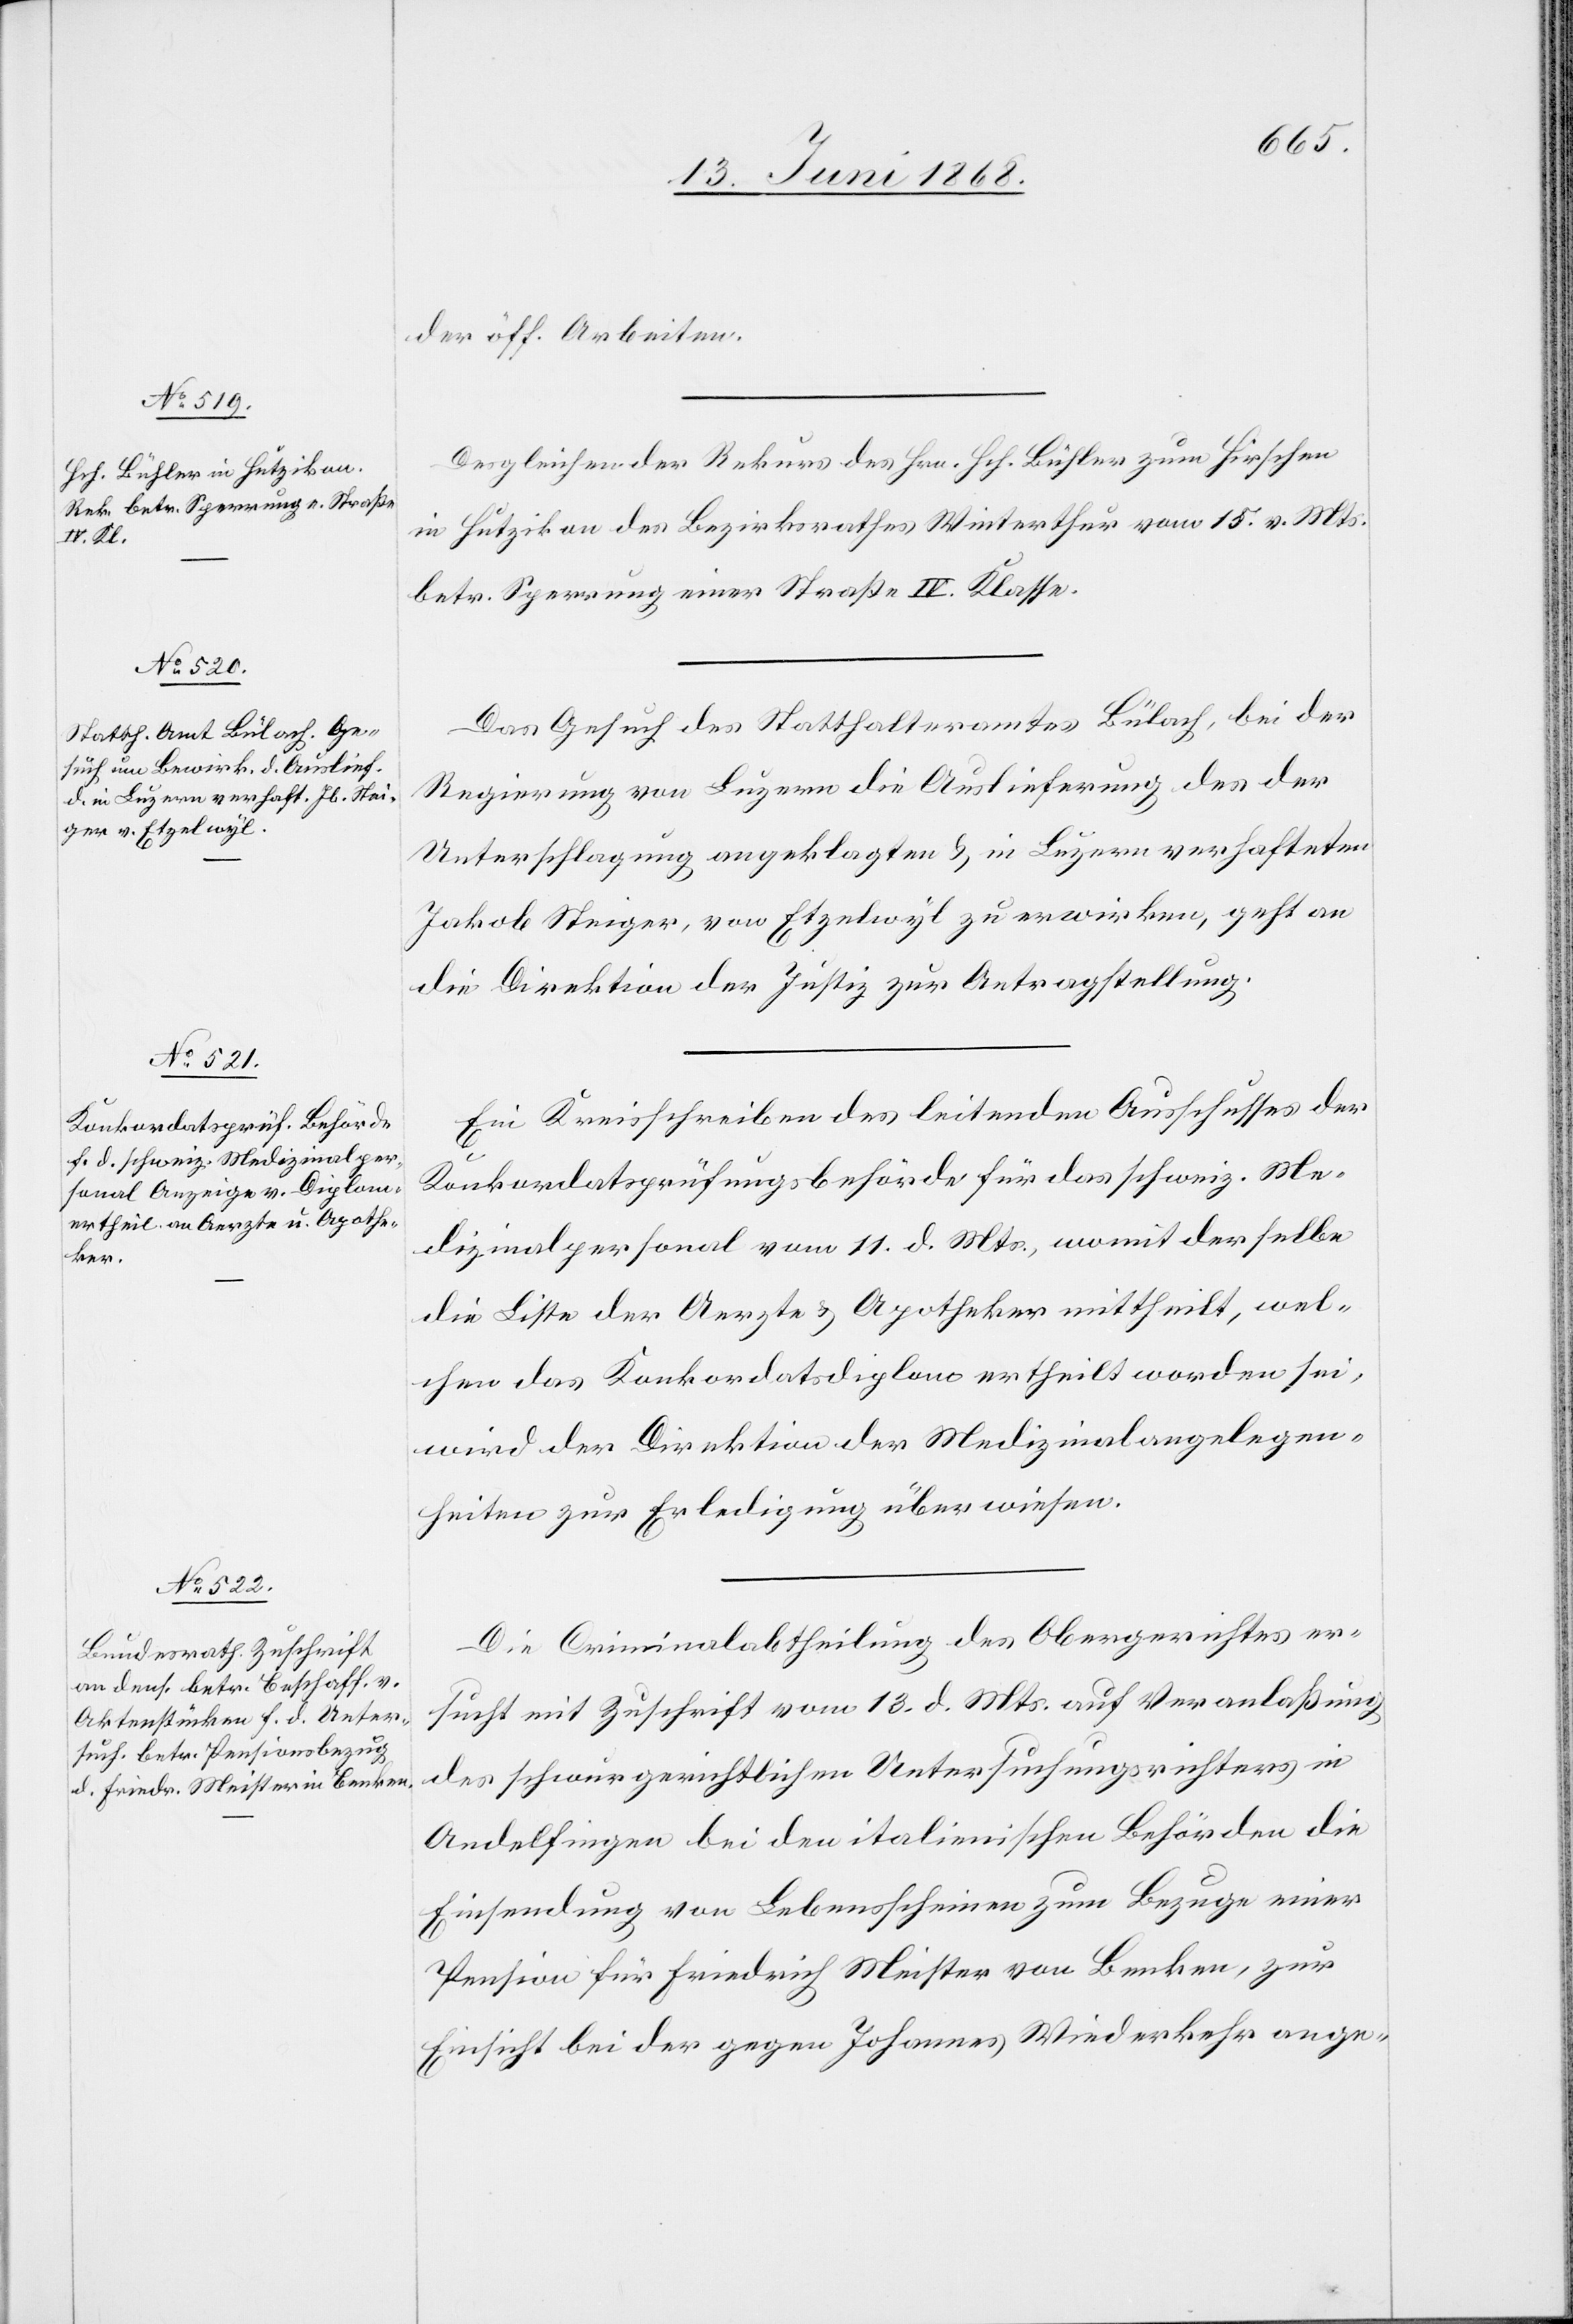
v. Mts.

15.
15. Juni 1868.]
der öff. Arbeiten.
Desgleichen der Rekurs des Hrn. Hch. Bühler zum Hirschen
betr. Sperrung einer Straße IV. Klasse.
Das Gesuch des Statthalteramtes Bülach, bei der
Regierung von Luzern die Auslieferung des der
Unterschlagung angeklagten & in Luzern verhafteten
Jakob Steiger, von Etzelwyl zu erwirken, geht an
die Direktion der Justiz zur Antragstellung.
Ein Kreisschreiben des leitenden Ausschusses der
Konkordatsprüfungsbehörde für das schweiz. Me¬
dizinalpersonal vom 11. d. Mts., womit derselbe
die Liste der Aerzte & Apotheker mittheilt, wel¬
chen das Konkordatsdiplom ertheilt worden sei,
wird der Direktion der Medizinalangelegen¬
heiten zur Erledigung überwiesen.
Die Criminalabtheilung des Obergerichtes er¬
sucht mit Zuschrift vom 13. d. Mts. auf Veranlaßung
des schwurgerichtlichen Untersuchungsrichters in
Andelfingen bei den italienischen Behörden die
Einsendung von Lebensscheinen zum Bezuge einer
Pension für Friedrich Meister von Benken, zur
Einsicht bei der gegen Johannes Wiederkehr ange-